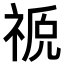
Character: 𫀖